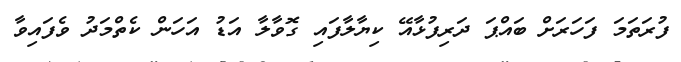
ފުރަތަމަ ފަހަރަށް ބައްޕަ ދަރިފުޅާއޭ ކިޔާލާފައި ގޮވާލާ އަޑު އަހަން ކެތްމަދު ވެފައިވާ